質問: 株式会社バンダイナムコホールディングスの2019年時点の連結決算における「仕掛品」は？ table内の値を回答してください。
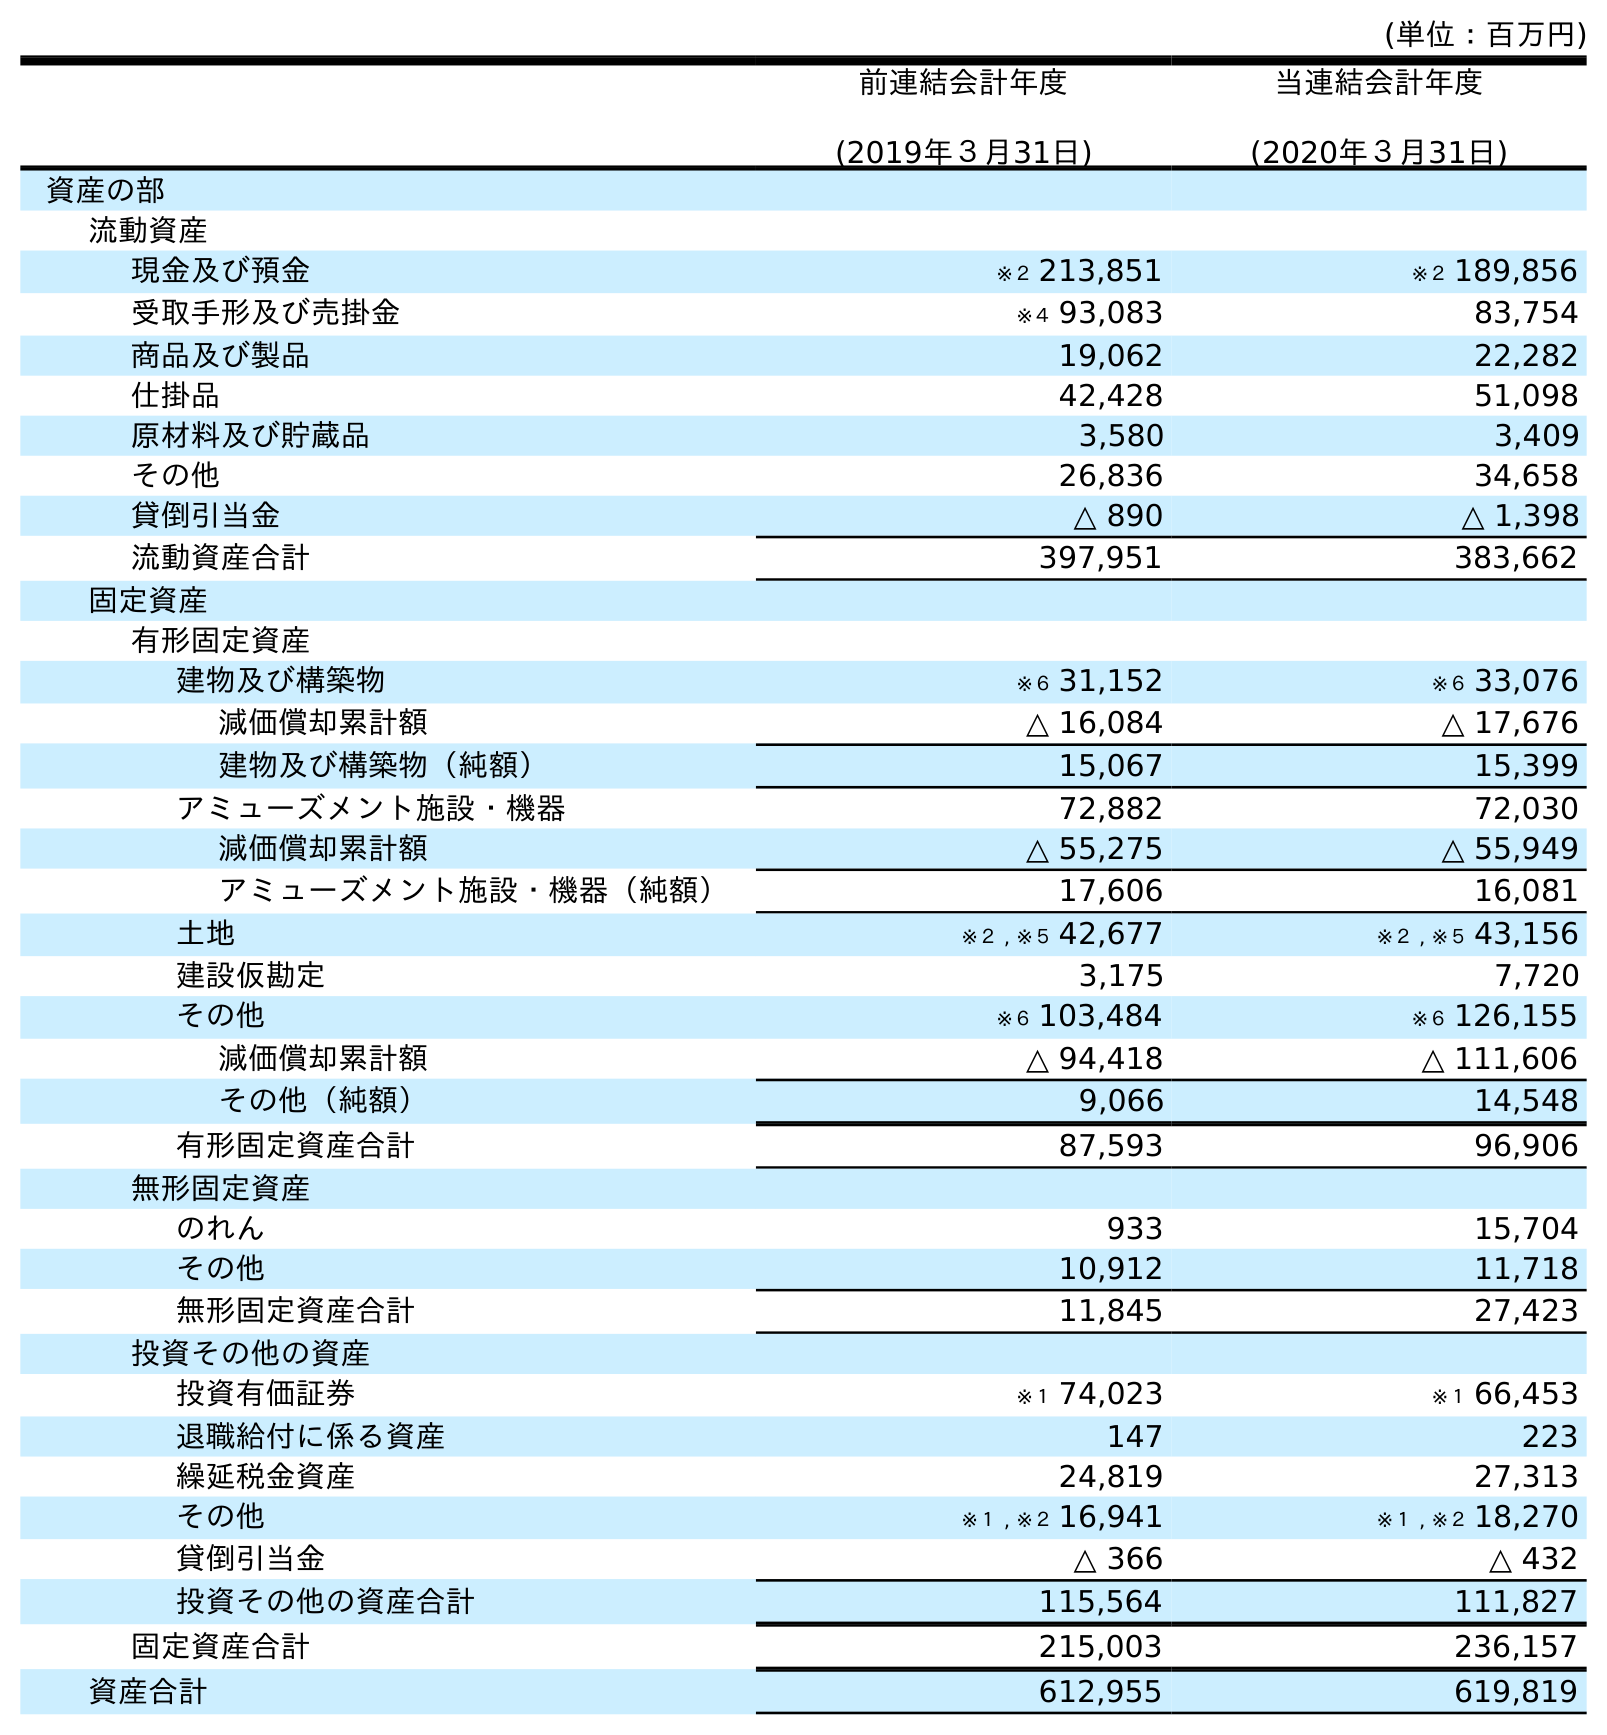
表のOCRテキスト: (単位：百万円) 前連結会計年度 (2019年３月31日) 当連結会計年度 (2020年３月31日) 資産の部 流動資産 現金及び預金 ※２ 213,851 ※２ 189,856 受取手形及び売掛金 ※４ 93,083 83,754 商品及び製品 19,062 22,282 仕掛品 42,428 51,098 原材料及び貯蔵品 3,580 3,409 その他 26,836 34,658 貸倒引当金 △ 890 △ 1,398 流動資産合計 397,951 383,662 固定資産 有形固定資産 建物及び構築物 ※６ 31,152 ※６ 33,076 減価償却累計額 △ 16,084 △ 17,676 建物及び構築物（純額） 15,067 15,399 アミューズメント施設・機器 72,882 72,030 減価償却累計額 △ 55,275 △ 55,949 アミューズメント施設・機器（純額） 17,606 16,081 土地 ※２ , ※５ 42,677 ※２ , ※５ 43,156 建設仮勘定 3,175 7,720 その他 ※６ 103,484 ※６ 126,155 減価償却累計額 △ 94,418 △ 111,606 その他（純額） 9,066 14,548 有形固定資産合計 87,593 96,906 無形固定資産 のれん 933 15,704 その他 10,912 11,718 無形固定資産合計 11,845 27,423 投資その他の資産 投資有価証券 ※１ 74,023 ※１ 66,453 退職給付に係る資産 147 223 繰延税金資産 24,819 27,313 その他 ※１ , ※２ 16,941 ※１ , ※２ 18,270 貸倒引当金 △ 366 △ 432 投資その他の資産合計 115,564 111,827 固定資産合計 215,003 236,157 資産合計 612,955 619,819
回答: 42,428